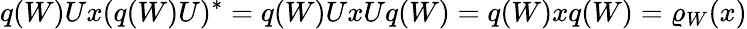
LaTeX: q(W)Ux(q(W)U)^{*}=q(W)UxUq(W)=q(W)xq(W)=\varrho_{W}(x)